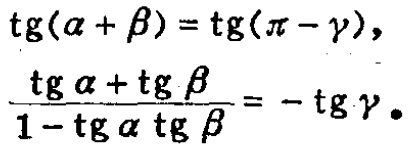
\[\begin{align*}

\mathrm{tg}(\alpha + \beta) &= \mathrm{tg}(\pi - \gamma),\\

\frac{\mathrm{tg}\alpha+\mathrm{tg}\beta}{1 - \mathrm{tg}\alpha\mathrm{tg}\beta}&=-\mathrm{tg}\gamma.

\end{align*}\]